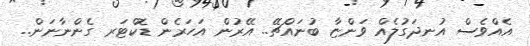
އެއްވެސް އުނދަގުލެއް ވަންޏާ ބުނައްޗޭ.. އޭރުން އަހަރެން ޑޮކްޓަރ ގެންނާނަން..